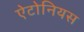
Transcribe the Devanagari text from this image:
ऐटोनियस